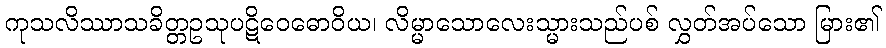
ကုသလိဿာသခိတ္တဥသုပဋိဝေဓောဝိယ၊ လိမ္မာသောလေးသ္မားသည်ပစ် လွှတ်အပ်သော မြား၏